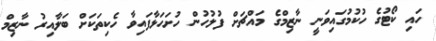
ހައި ކޯޓުގެ ހުކުމުގައިވަނީ ނާޒިމްގެ މައްޗަށް ފުލުހުން ހުށަހަޅާފައިވާ ހެކިތަކަށް ބަލާއިރު ނާޒިމް